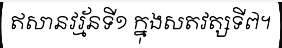
ឥសានវរ្ម័នទី១ ក្នុងសតវត្សទី៧។